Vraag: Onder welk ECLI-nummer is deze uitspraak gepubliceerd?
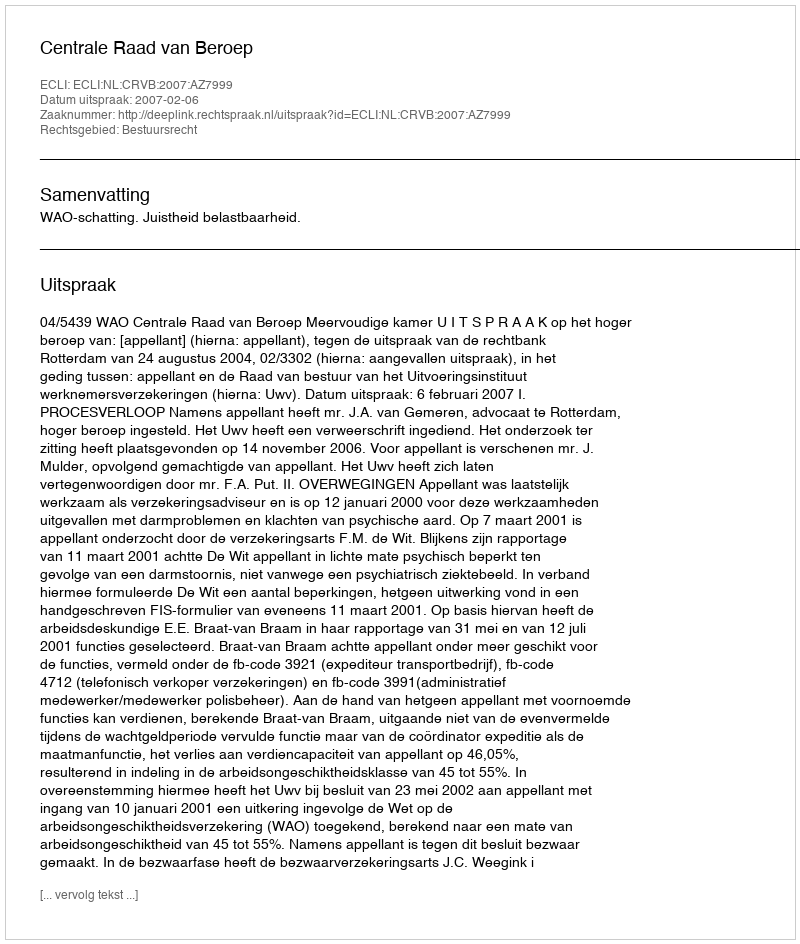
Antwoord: ECLI:NL:CRVB:2007:AZ7999